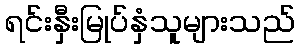
ရင်းနှီးမြုပ်နှံသူများသည်